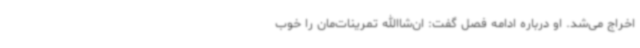
اخراج می‌شد. او درباره ادامه فصل گفت: ان‌‌شاالله تمرینات‌مان را خوب